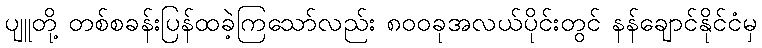
ပျူတို့ တစ်စခန်းပြန်ထခဲ့ကြသော်လည်း ၈၀၀ခုအလယ်ပိုင်းတွင် နန်ချောင်နိုင်ငံမှ